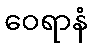
ဝေရာနံ